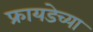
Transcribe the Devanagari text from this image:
फ्रायडेच्या